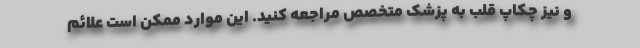
و نیز چکاپ قلب به پزشک متخصص مراجعه کنید. این موارد ممکن است علائم